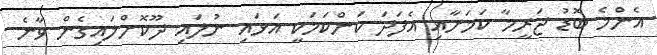
އެންމެ ބޮޑު ޖަރީމާ ކަމަށާއި އެފަދަ ކަންކަމަކީ އަޅައި ނުލައި ދޫކޮށްލައިގެން ވާނެ